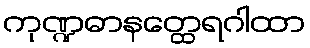
ကုဏ္ဍဓာနတ္ထေရဂါထာ